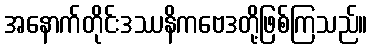
အနောက်တိုင်းဒဿနိကဗေဒတို့ဖြစ်ကြသည်။